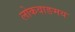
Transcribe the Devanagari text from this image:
लोकवाङमय